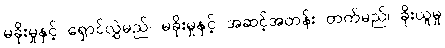
မခိုးမှုနှင့် ရှောင်လွှဲမည်၊ မခိုးမှုနှင့် အဆင့်အတန်း တက်မည်၊ ခိုးယူမှု